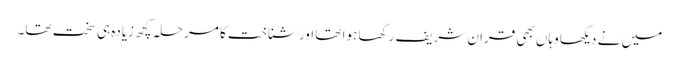
میں نے دیکھا وہاں بھی قران شریف رکھا ہوا تھا اور شناخت کا مرحلہ کچھ زیادہ ہی سخت تھا۔